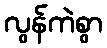
လွန်ကဲစွာ